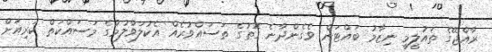
ރާއްޖޭގެ ތައުލީމީ ނިޒާމު ބައްޓަން ވެގެންދާނެ ގޮތުގެ ތަސައްވުރެއް އެކުލަވާލުމުގެ މަސައްކަތް ކުރިއަށް